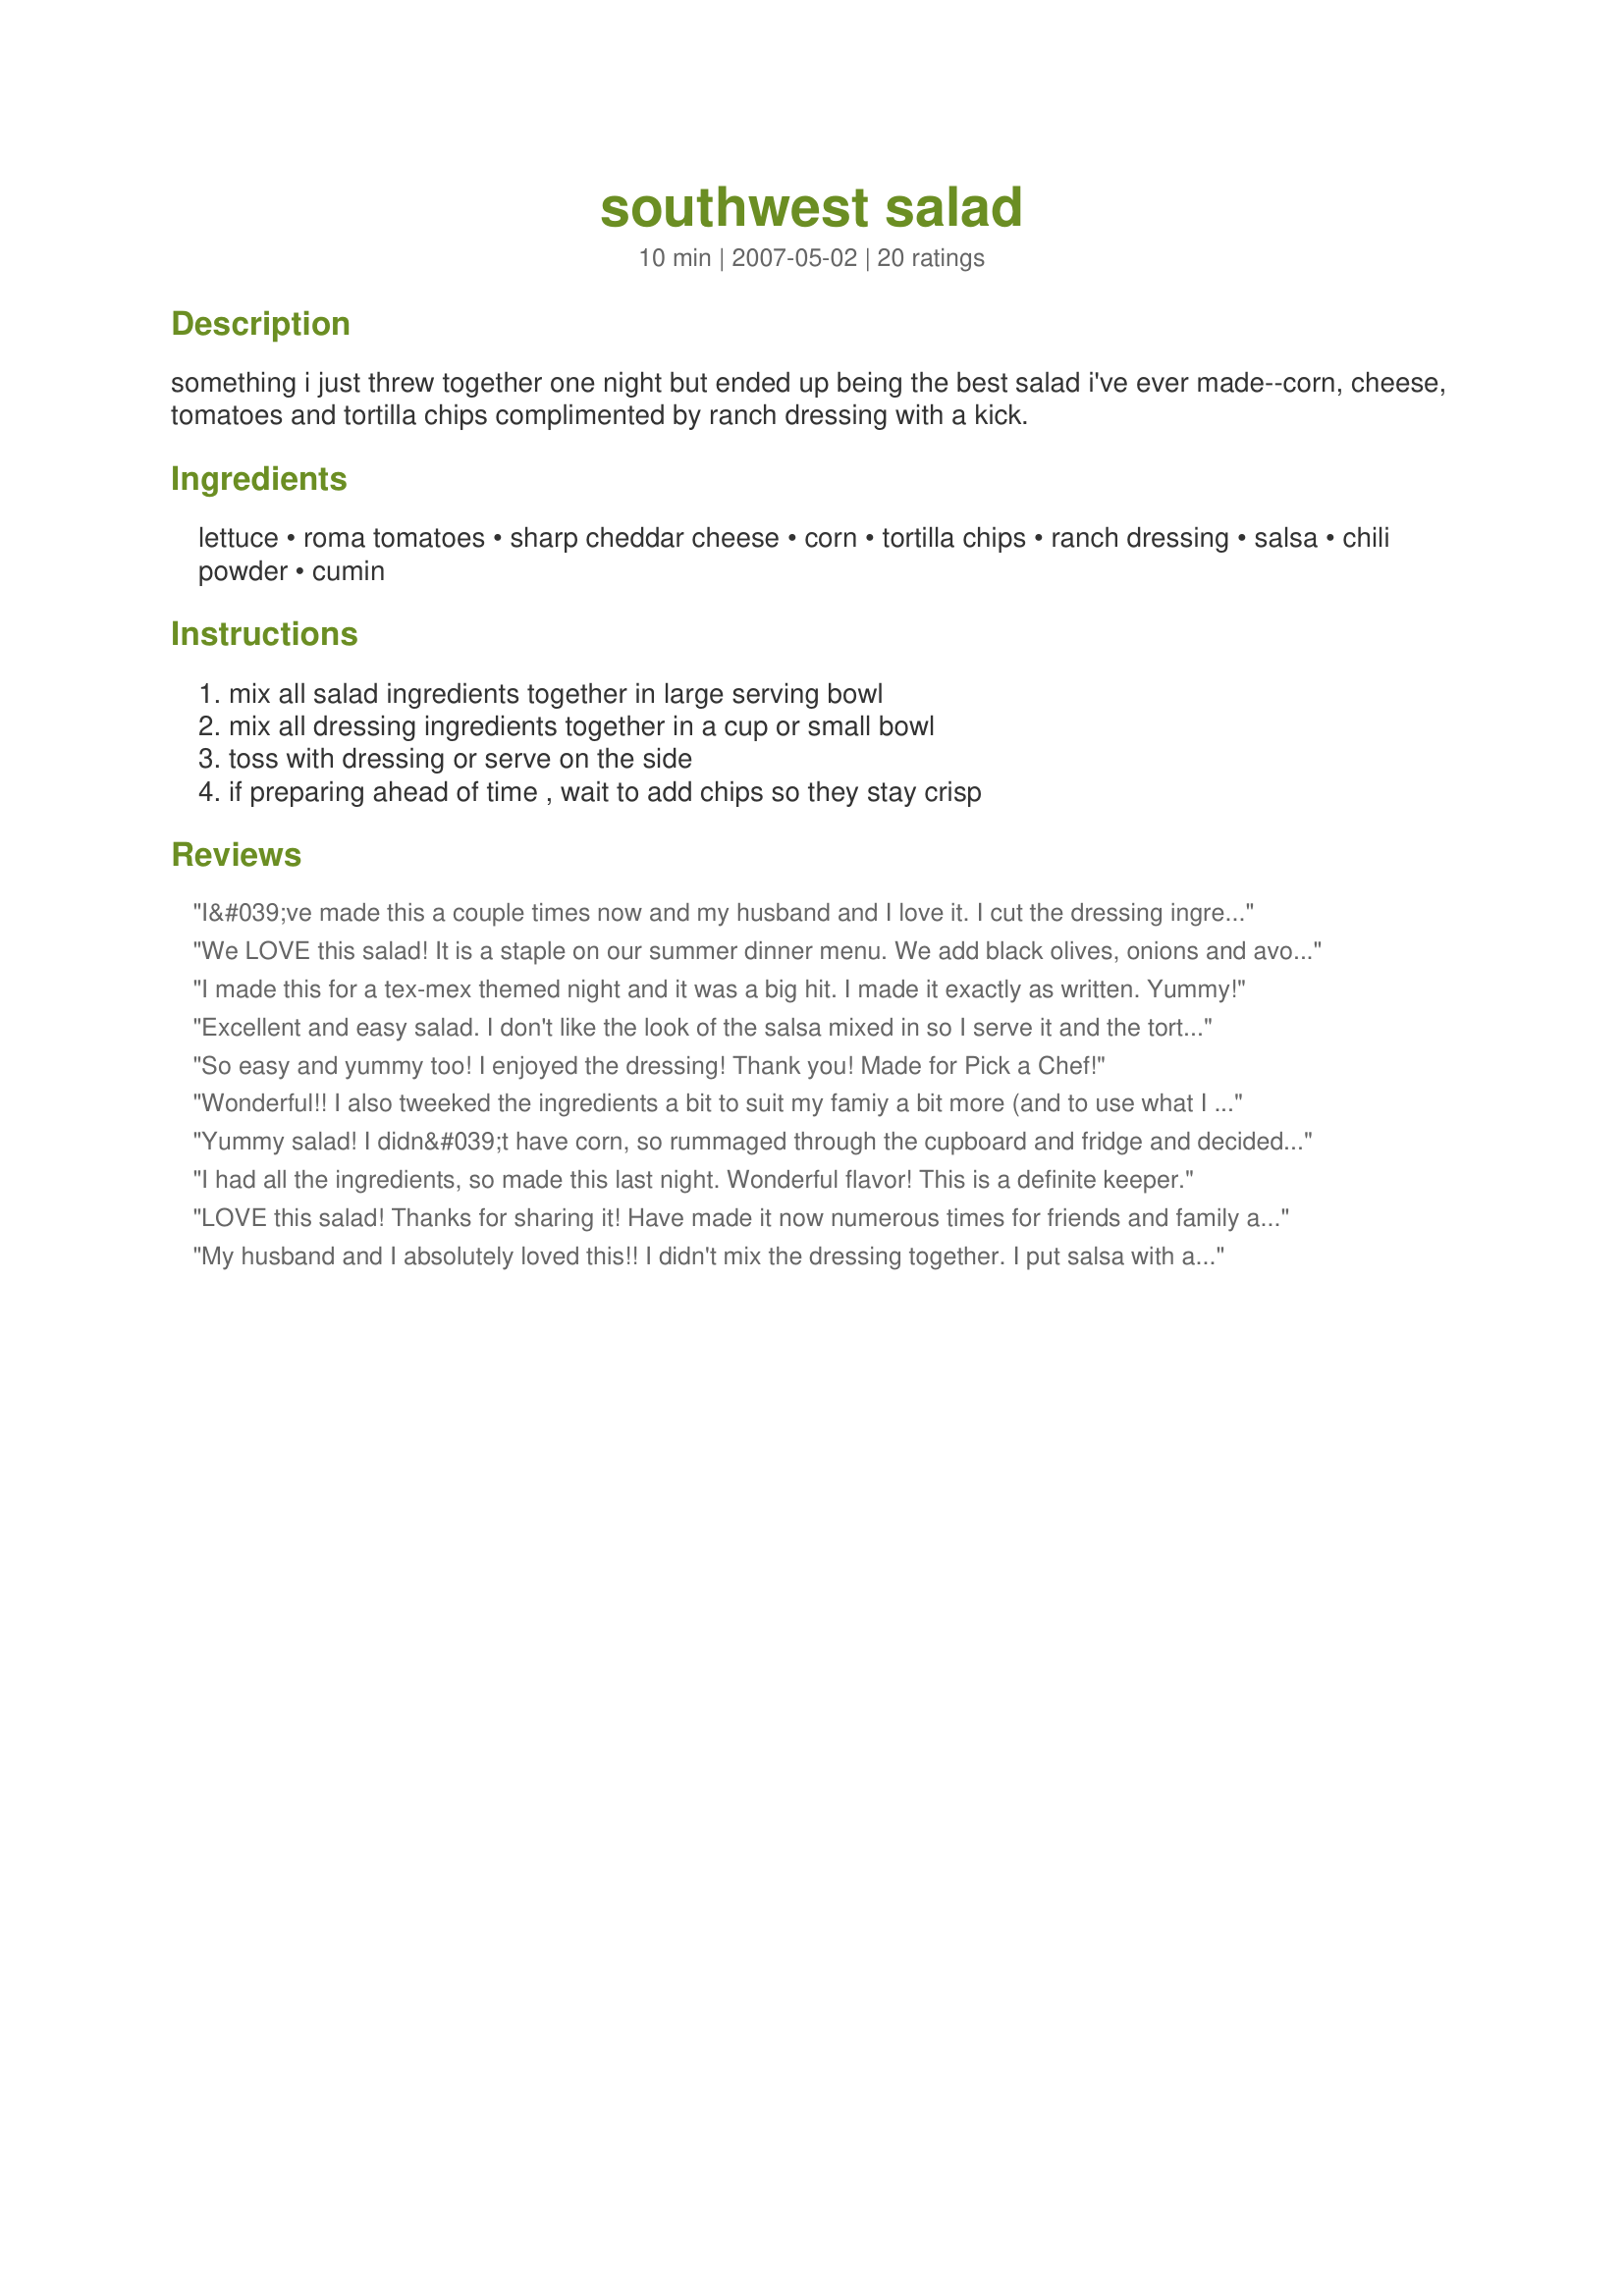
southwest salad
Preparation time: 10 minutes

something i just threw together one night but ended up being the best salad i've ever made--corn, cheese, tomatoes and tortilla chips complimented by ranch dressing with a kick.

Ingredients:
lettuce, roma tomatoes, sharp cheddar cheese, corn, tortilla chips, ranch dressing, salsa, chili powder, cumin

Steps:
mix all salad ingredients together in large serving bowl, mix all dressing ingredients together in a cup or small bowl, toss with dressing or serve on the side, if preparing ahead of time , wait to add chips so they stay crisp

Reviews:
I&#039;ve made this a couple times now and my husband and I love it. I cut the dressing ingredients in half and it turns out perfect everytime. Thanks for sharing!
We LOVE this salad! It is a staple on our summer dinner menu. We add black olives, onions and avocado chunks. It is TDF. Thank you for sharing this!
I made this for a tex-mex themed night and it was a big hit. I made it exactly as written. Yummy!
Excellent and easy salad. I don't like the look of the salsa mixed in so I serve it and the tortilla chips on the side. Next time we're going to try it as a dinner entree with some strips of seasoned grilled chicken breast on top.
So easy and yummy too! I enjoyed the dressing! Thank you! Made for Pick a Chef!
Wonderful!! I also tweeked the ingredients a bit to suit my famiy a bit more (and to use what I had on hand) but it was great. The dressing really is the star here. I ended up only using about 3/4 of the dressing, but the leftover stayed good in the fridge for a few days and was delicious to just dip veggies in.
Yummy salad! I didn&#039;t have corn, so rummaged through the cupboard and fridge and decided to add black beans and avocado slices. Made for Spring 2013 Pick A Chef.
I had all the ingredients, so made this last night. Wonderful flavor! This is a definite keeper.
LOVE this salad! Thanks for sharing it! Have made it now numerous times for friends and family and EVERYONE has raved about it! Thanks again! Grilled chicken on it is awesome too!
My husband and I absolutely loved this!! I didn't mix the dressing together. I put salsa with a little cumin and ranch on top of each salad and it worked out great! We will definitely make this again!
I took other reviers advice, and added some cooked chicken breast, that I diced, and added some leftover black olives. Worked out very well, and made a great side to lunch . Made for Ingredient Tag.
Great salad as it is, I used regular spicy ranch instead of making my own - next time around, I may add some other things to the salad like avocado, chicken, etc.
I have made this several times now, I can't believe I haven't reviewed it yet. I love the dressing, it's such a nice change of pace from the usual. I sometimes use a can of Mexicorn in place of regular corn and sometimes omit the tortilla chips. Thanks so much for sharing this!
This recipe sounds just like a meal that my favorate Mexican restraunt used to make when they were still open. The only change that they made was they grilled the corn and added grilled chicken breast for it. I am going to try it this weekend. Thank You!!
This is a really good salad. I added black olives other than that, made as directed and served with recipe #291842.
I added black beans!
Good basic recipe. We used left over corn, chopped tomatoes, and cubed cheddar. Worked out great. I might add some grilled chicken and avocado next time. Thanks for a summer go to recipe
Yummily! I did use the hearts of romaine coz I had some. I also added black olives, a firm tomato (not roma), "mexicorn"--just used some canned drained whole kernel, added some splenda and green bell pepper to it..let it set in fridge overnight before making salad. Also added some green onions, red onion, bell pepper and some bacon. I had fried some hickory smoked country slab bacon earlier in the day..so I added some of that too. I layered the ingredients in a glass pan and I added the dressing just before I served the salad and was surprised that the salad was even better the second day. I would have thought the dressing being added the day prior would have made it unpalatable..not so! It was great..Thanx, GreenEyedLS, for an unusual splendid salad. TexasChef Judi Coleman!
Really easy and yummy! I browned some meat in some taco seasoning, salt, pepper, onion flakes, and cumin and placed on top of the salad along with a few slices of jalapeno. Absolutely delicious. Could probably also substitute rice for the corn chips. Soo good!
This was great. I used it more of an inspiration and added fresh chopped cilantro, onions, green bell pepper, and avacados. The dressing I made exactly as directed. I served mexi-corn and leftover fajita chicken on the side, to be sprinkled on top of the salads. Everyone, including guests, enjoyed this!
